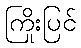
ကြိုးပြင်